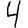
Digit: 4